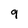
Character: 9